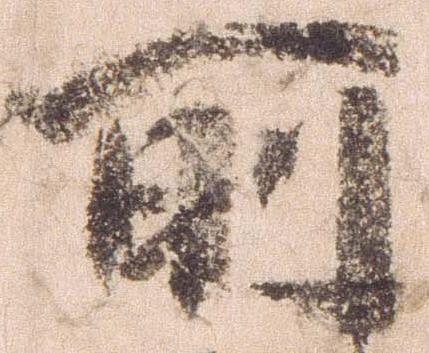
所